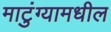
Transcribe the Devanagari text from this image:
माटुंग्यामधील